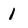
Character: I